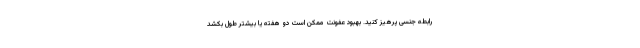
رابطه جنسی پرهیز کنید. بهبود عفونت ممکن است دو هفته یا بیشتر طول بکشد